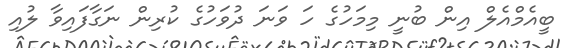
ބީއެމްއެލް އިން ބުނީ މިމަހުގެ ހަ ވަނަ ދުވަހުގެ ކުރިން ނަގާފައިވާ ލުއި